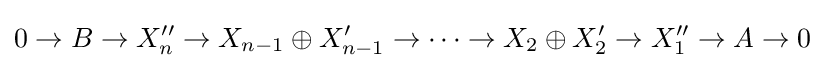
0\to B\to X''_{n}\to X_{n-1}\oplus X'_{n-1}\to \cdots \to X_{2}\oplus X'_{2}\to X''_{1}\to A\to 0